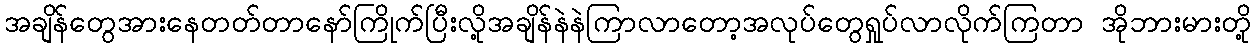
အချိန်တွေအားနေတတ်တာနော်ကြိုက်ပြီးလို့အချိန်နဲနဲကြာလာတော့အလုပ်တွေရှုပ်လာလိုက်ကြတာ အိုဘားမားတို့